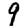
Digit: 9